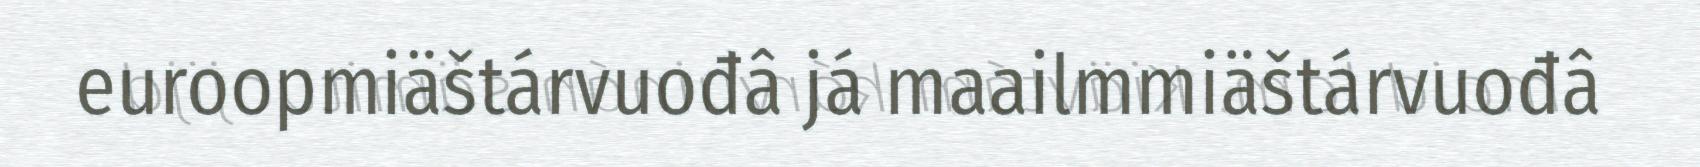
euroopmiäštárvuođâ já maailmmiäštárvuođâ